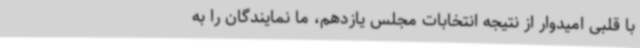
با قلبی امیدوار از نتیجه انتخابات مجلس یازدهم، ما نمایندگان را به